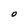
Character: O